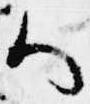
ハ